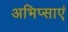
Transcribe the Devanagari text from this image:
अभिप्साएं